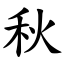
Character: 秋